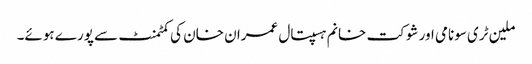
ملین ٹری سونامی اور شوکت خانم ہسپتال عمران خان کی کمٹمنٹ سے پورے ہوئے۔